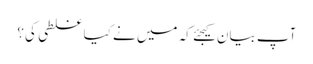
آپ بیان کیجئے کہ میں نے کیا غلطی کی؟